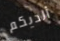
ألديكم